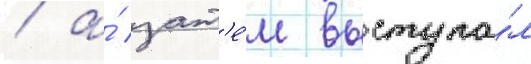
/ а́ зат'е́м выступа́л